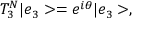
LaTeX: T _ { 3 } ^ { N } | e _ { 3 } > = e ^ { i \theta } | e _ { 3 } > ,